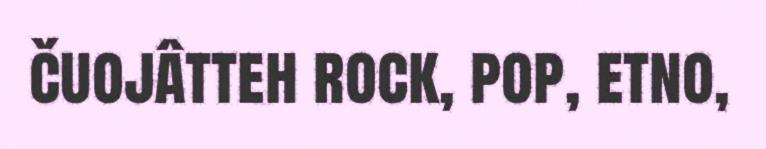
čuojâtteh rock, pop, etno,